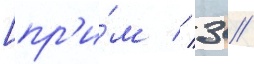
[пр'и́м // 3 //